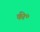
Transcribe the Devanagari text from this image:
की॰